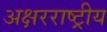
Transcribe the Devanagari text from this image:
अक्षरराष्ट्रीय